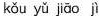
kǒu yǔ jiāo jì